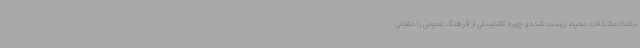
،باعث مشکلات محیط زیست شده و چهره ناشایستی از فرهنگ عمومی را متجلی